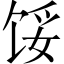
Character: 馁